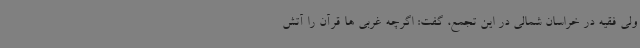
ولی فقیه در خراسان شمالی در این تجمع، گفت: اگرچه غربی ها قرآن را آتش